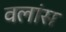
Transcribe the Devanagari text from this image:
वलांस